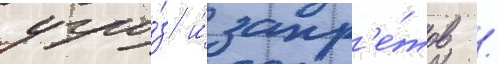
угро́з и́ запр'е́тов /